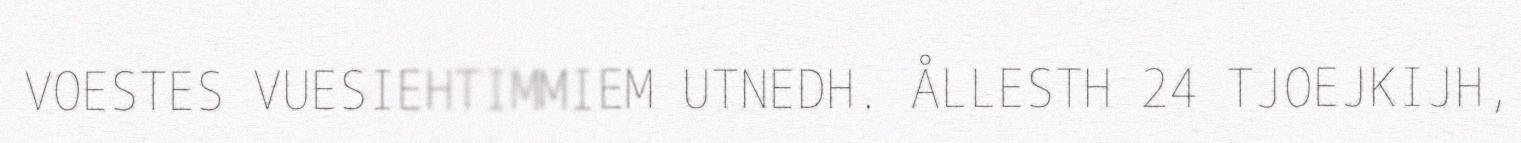
VOESTES VUESIEHTIMMIEM UTNEDH. ÅLLESTH 24 TJOEJKIJH,